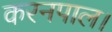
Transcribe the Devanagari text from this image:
करनपाल।